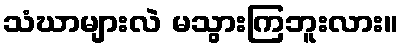
သံဃာများလဲ မသွားကြဘူးလား။